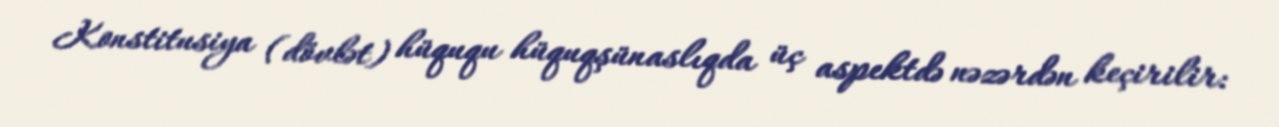
Konstitusiya (dövlət) hüququ hüquqşünaslıqda üç aspektdə nəzərdən keçirilir: